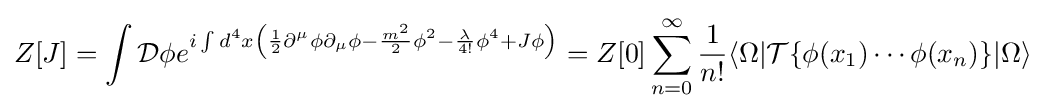
Z[J]=\int {\mathcal {D}}\phi e^{i\int d^{4}x\left({1 \over 2}\partial ^{\mu }\phi \partial _{\mu }\phi -{m^{2} \over 2}\phi ^{2}-{\lambda  \over 4!}\phi ^{4}+J\phi \right)}=Z[0]\sum _{n=0}^{\infty }{\frac {1}{n!}}\langle \Omega |{\mathcal {T}}\{{\phi }(x_{1})\cdots {\phi }(x_{n})\}|\Omega \rangle